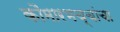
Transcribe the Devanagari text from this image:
कौमारभच्चांचा